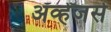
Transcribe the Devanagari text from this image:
ॲव्हेंजर्स